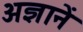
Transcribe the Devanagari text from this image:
अज्ञानें